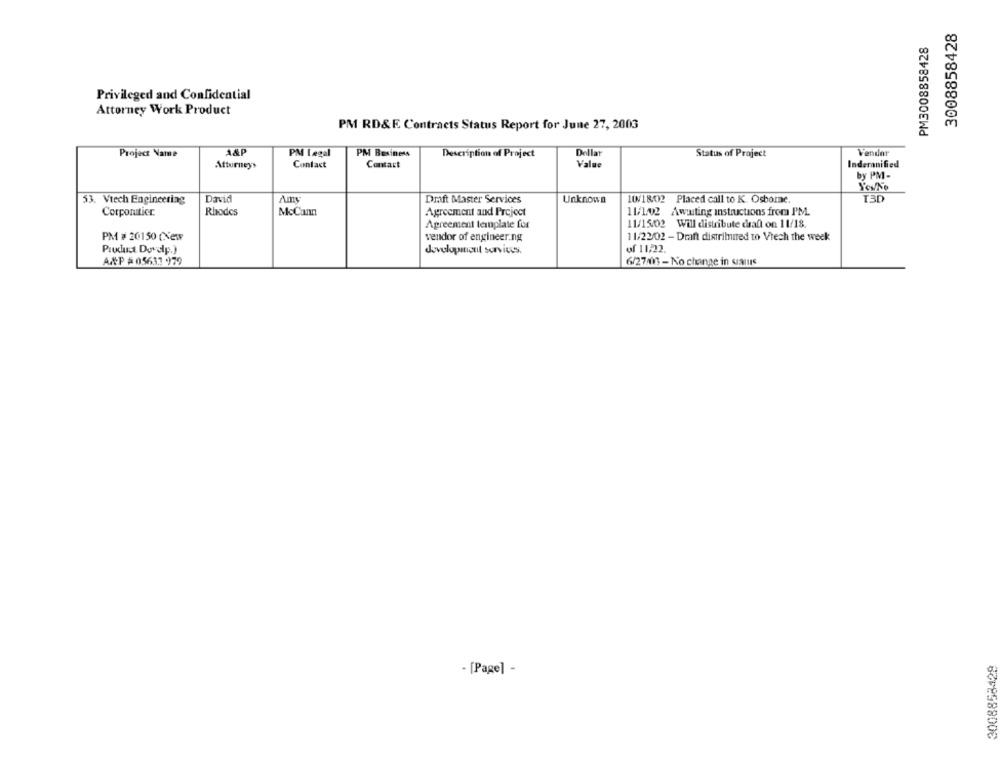
3008858428
PM3008858428
Privileged and Confidential
Attorney Work Product
PM RD&E Contracts Status Report for June 27, 2003
Project Name
A&P
PM Legal
PM Business
Dellat
Vender
Description of Project
Status of Project
Attorneys
Contact
Contact
Value
Inderanified
by PM -
David
Amy
Draft Master Services
Unknown
10/18/02 Placed call to K. Osborne.
I3D
53. Vtech Engineering
Corporatier
Rhodes
McCann
Agreement and Project
11/102 Awaiting instructions from P'M.
Agreement template for
11/15/02 Will distribute dsall on 11/18.
PM # 20150 (New
vendor of engineer.ng
11/22/02 - Draft distributed to Vrech the week
development services.
of 11,22.
A.P =05631 979
6/27/06 - No change in sans
3008858429
- [Page] -